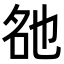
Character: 𬼨